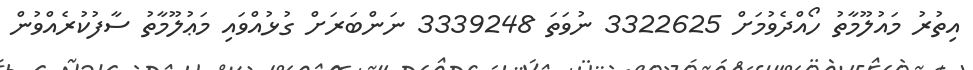
އިތުރު މައުލޫމާތު ހޯއްދެވުމަށް 3322625 ނުވަތަ 3339248 ނަންބަރަށް ގުޅުއްވައި މަޢުލޫމާތު ސާފުކުރެއްވުން